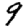
Digit: 9